Punjab Mental Hospital Lahore 1922-31 - 1922-1931
Year: 1922
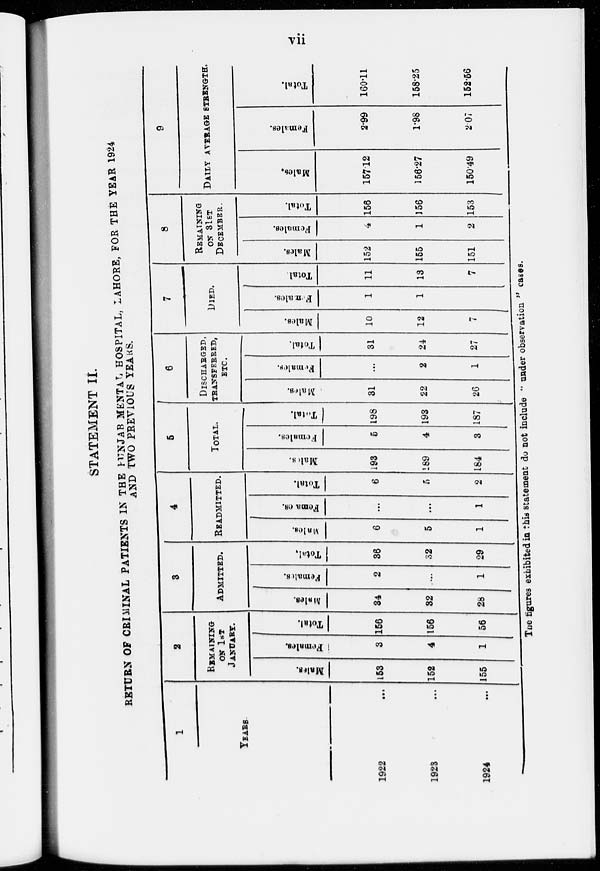
vii
STATEMENT II.
RETURN OF CRIMINAL PATIENTS IN THE PUNJAB MENTAL HOSPITAL, LAHORE, FOR THE YEAR 1924
AND TWO PREVIOUS YEARS.
1
YEARS.
1922 ...
1923 ...
1924
...
2
REMAINING
ON 1ST
JANUARY.
Males.
153
152
155
Females.
3
4
1
Total.
156
156
156
3
ADMITTED.
Males.
34
32
28
Females.
2
...
1
Total.
36
32
29
4
READMITTED.
Males.
6
5
1
Females.
...
...
1
Total.
6
5
2
5
TOTAL.
Males.
193
189
184
Females.
5
4
3
Total.
198
193
187
6
DISCHARGED,
TRANSFERRED,
ETC.
Males.
31
22
26
Females.
...
2
1
Total.
31
24
27
7
DIED.
Males.
10
12
7
Females.
1
1
Total.
11
13
7
8
REMAINING
ON 31 ST
DECEMBER.
Males.
152
155
151
Females.
4
1
2
Total.
156
156
153
9
DAILY AVERAGE STRENGTH.
Males.
157.12
156.27
150.49
Females.
2.99
1.98
2.07
Total.
160.11
158.25
152.56
The figures exhibited in this statement do not include " under observation " cases.